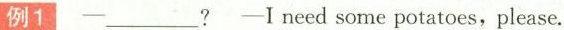
例1 —___? —I need some potatoes,please.